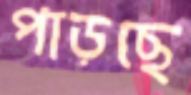
পাড়ছে